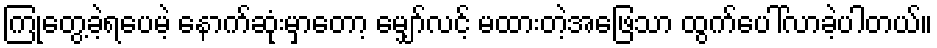
ကြုံတွေ့ခဲ့ရပေမဲ့ နောက်ဆုံးမှာတော့ မျှော်လင့် မထားတဲ့အဖြေသာ ထွက်ပေါ်လာခဲ့ပါတယ်။